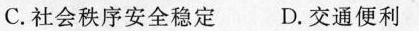
C. 社会秩序安全稳定 D. 交通便利